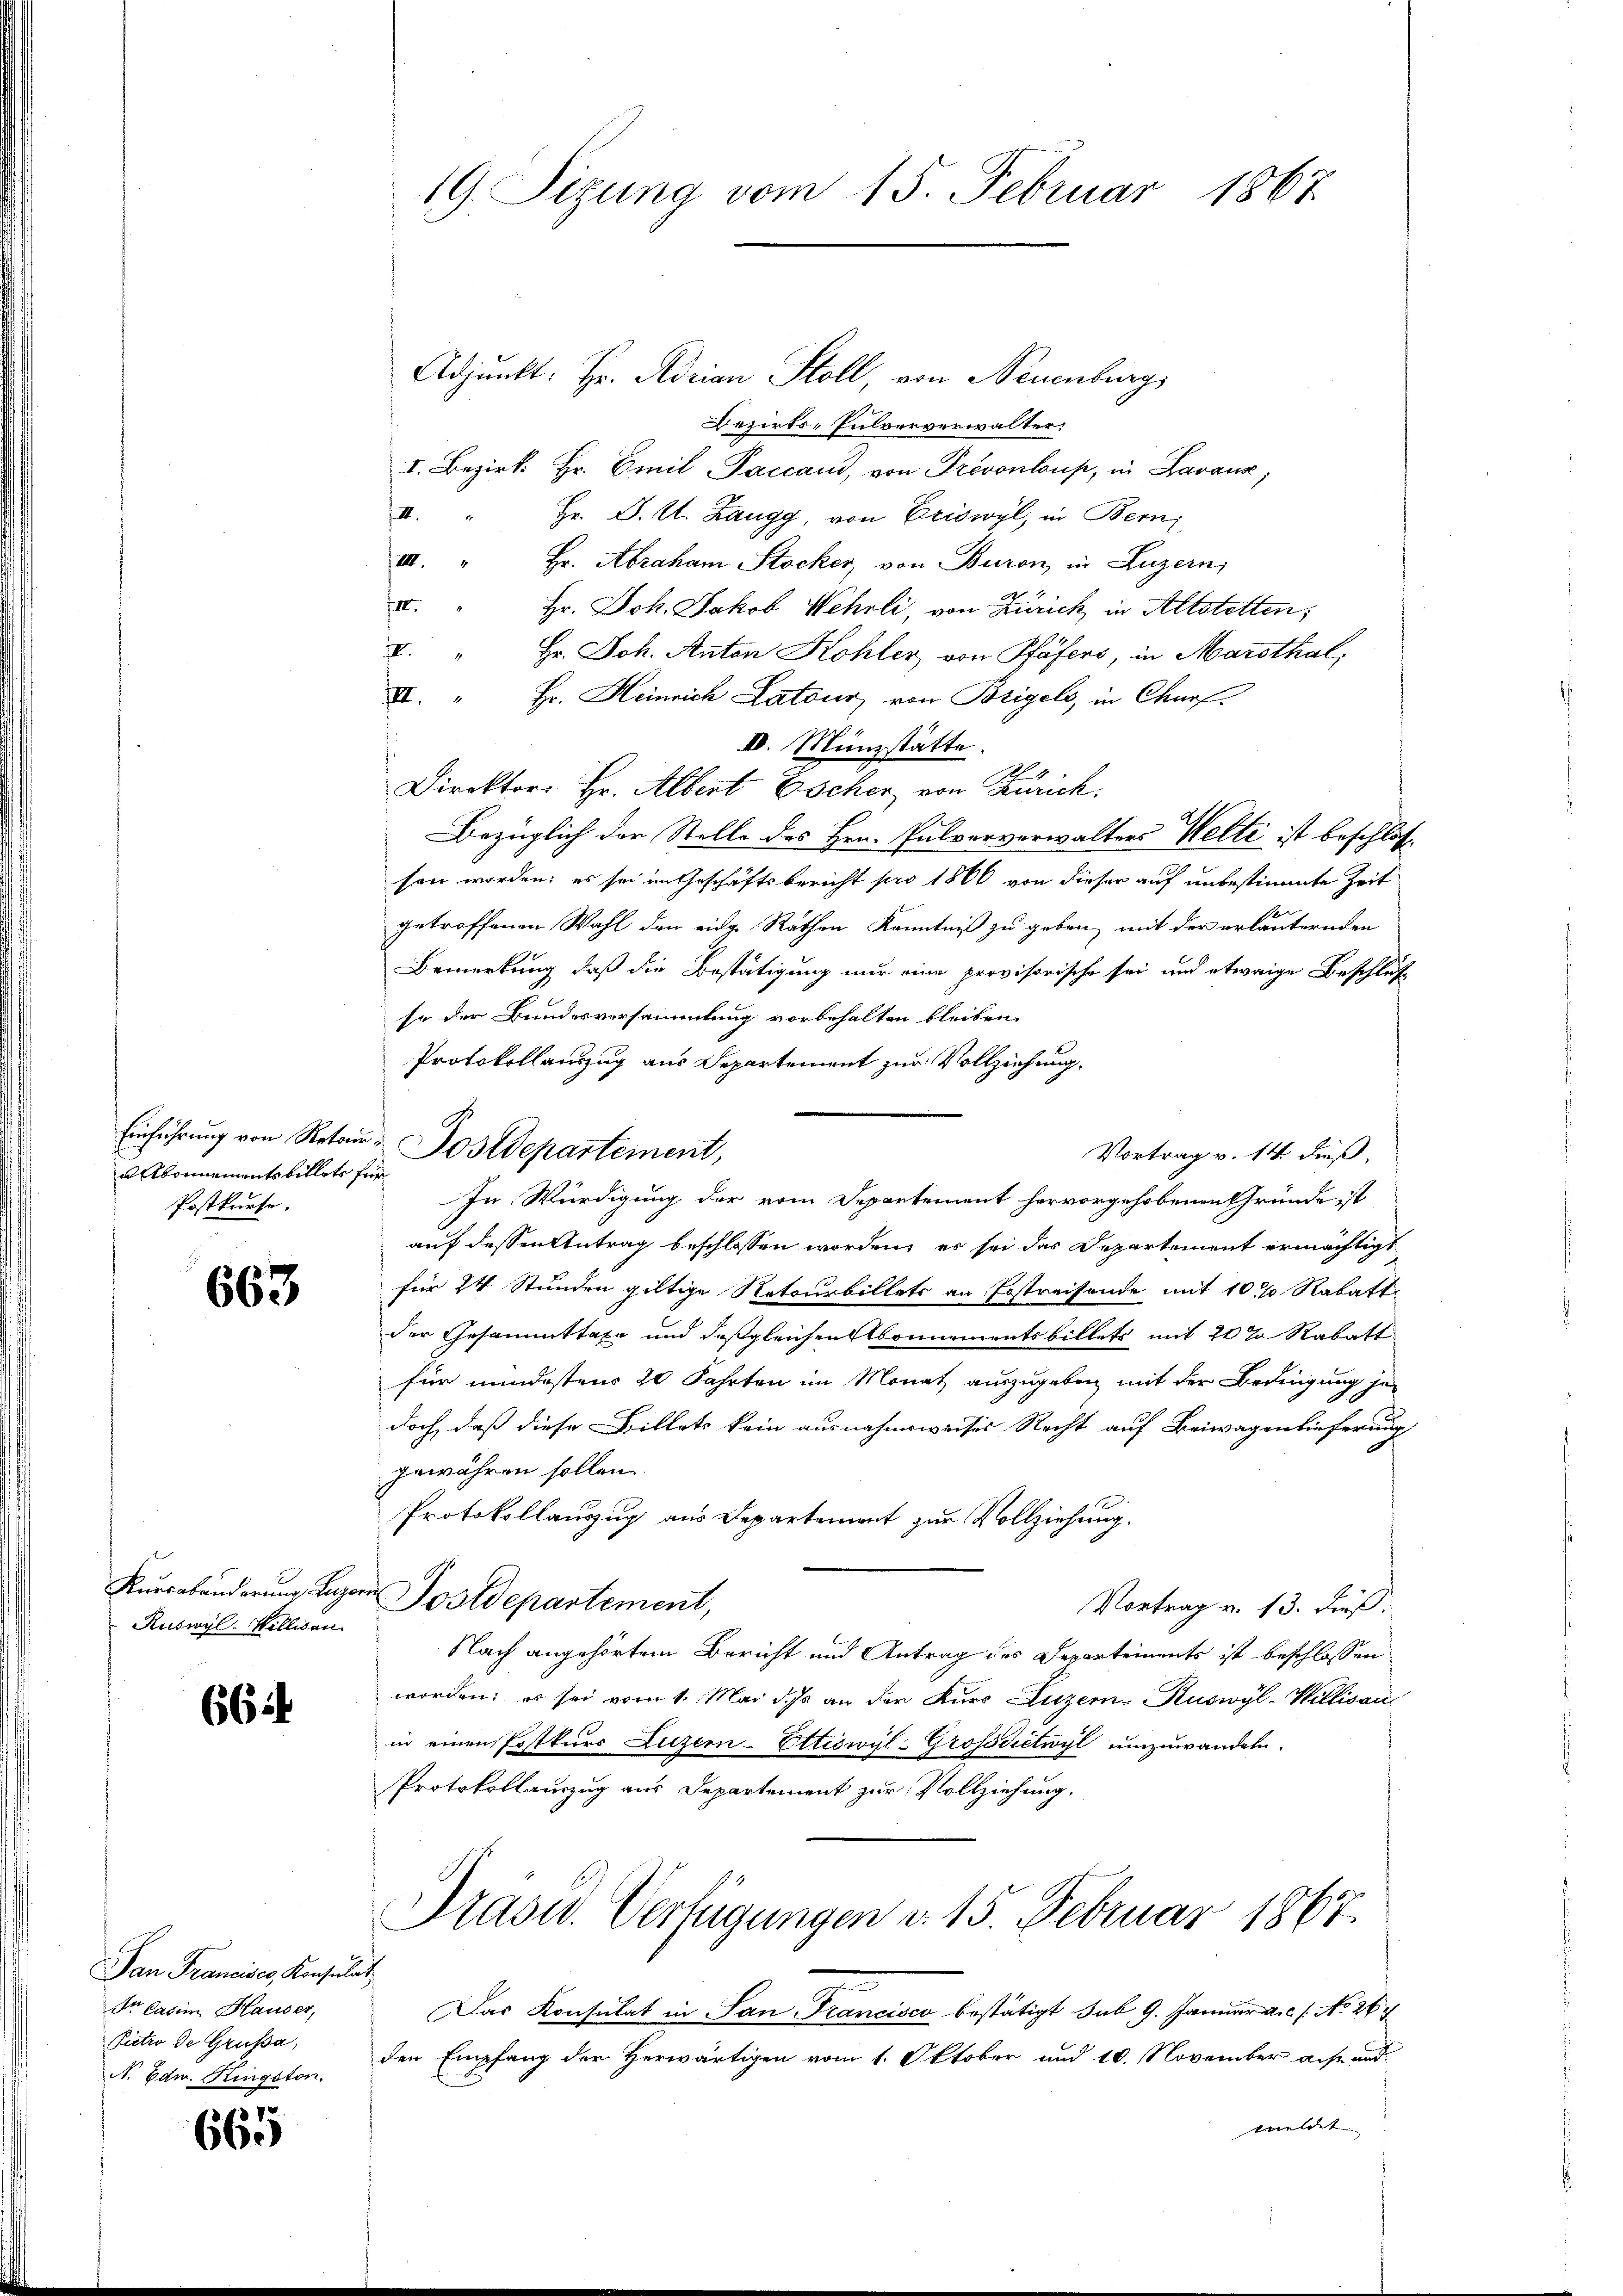
u Abonnementsbillets für
Postkurse.

663

Ruswyl. Willisau

664

Pan Francises, Konsulat
Dr Casim Hauser,
Pictio de Grußa,
N. Edw. Kingston.

.
665

19. Sizung vom 15. Februar 1867.

Einführung von Retor-Postdepartement,

Adjunkt: Hr. Adrian Stoll, von Neuenburg,

Bezirks- Pulververwalter:
I. Bezirk Hr. Emil -Paccam, von Prevonlaus, in Lavaux,
2
Hr. D. Kt. Zangg, von Eriswyl, in Bern
III. " Hr. Abraham Stocker, von Buren in Luzern,
III.
Hr. Joh. Jakob Wehrli, von Zürich in Altstetten;
.
Hr. Joh. Anton Kohler von Pfäfers, in Marthal,
I. " Hr. Heinrich Latour, von Brigels, in Churf
IV. Münzstätte.
Direktor. Hr. Albert Escher von Zürich.
Bezüglich der Stelle des Hrn. Pulververwalters Welti ist beschlossen worden; es sei im Geschäftsbericht pro 1866 von dieser auf unbestimmte Zeit
getroffenen Wahl den eidg. Rathen Kenntniß zu geben, mit der erläuternden
Bemerkung, daß die Bestätigung nur eine provisorische sei und etwaige Beschluß
so der Bundesversammlung vorbehalten bleiben.
Protokollauszug aus Separtement zur Vollziehung.
Vortrag v. 14. dieß,
In Würdigung der vom Departement hervorgehobenen Gründe ist
auf dessen Antrag beschlossen worden, es sei das Departement ermächtigt
für 24 Stunden giltige Netourbillets an Erstreisende mit 10% Rabatt
der Gesammttaxe und daß gleichen Abonnementsbillets mit 20 % Rabatt
für mindestens 20 Fahrten im Monat auszugeben mit der Bedingung jedoch, daß diese Billets kein ausnahmsweises Recht auf Beiwagenlieferung
gewähren sollen
Protokollauszug aus Departement zur Vollziehung.
Kurrebänderung Luzern Postdepartement,
Vortrag v. 13. dieß.
Nach angehörtem Bericht und Antrag des Departements ist beschlossen
worden; es sei vom 1. Mai dass an den Kurs Luzern Ruswyl-Willisau
in einen Postkurs Luzern - Ettiswyl-Grossvietwyl umzuwandeln.
Protokollauszug aus Departement zur Vollziehung.
Präsid. Verfügungen d. 15. Februar 1867.
Das Konsulat in San Francisco bestätigt sub 9. Januar a.c. s. No 26.
den Empfang der Herwärtigen vom 1. Oktober und 10. November aus und
meldet |